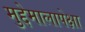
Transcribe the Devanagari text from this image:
मुद्देमालापेक्षा